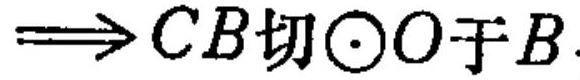
$\Longrightarrow CB\text{切}\odot O\text{于}B.$